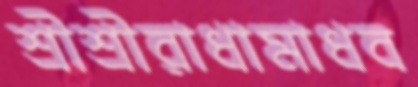
শ্রীশ্রীরাধামাধব